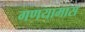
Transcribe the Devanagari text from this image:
गणयामास